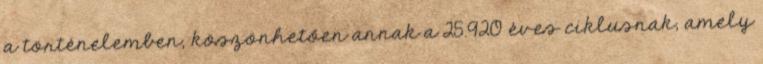
a történelemben, köszönhetően annak a 25.920 éves ciklusnak, amely